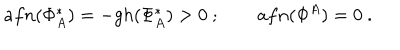
LaTeX: a f n ( \Phi _ { A } ^ { * } ) = - g h ( \Phi _ { A } ^ { * } ) > 0 \ ; \qquad a f n ( \Phi ^ { A } ) = 0 \ .